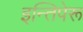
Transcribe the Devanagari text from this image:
इन्तिपेरू